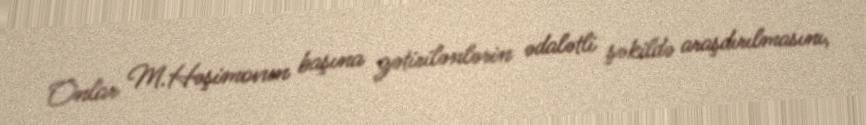
Onlar M.Həşimovun başına gətirilənlərin ədalətli şəkildə araşdırılmasını,